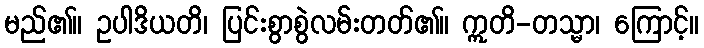
မည်၏။ ဥပါဒိယတိ၊ ပြင်းစွာစွဲလမ်းတတ်၏။ ဣတိ-တသ္မာ၊ ကြောင့်။